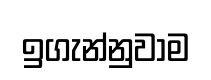
ඉගැන්නුවාම